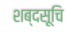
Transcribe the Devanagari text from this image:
शब्दसूचि